65_HS1-834228961_62-HQ-83894_Section_4
Agency: FBI
Page 151
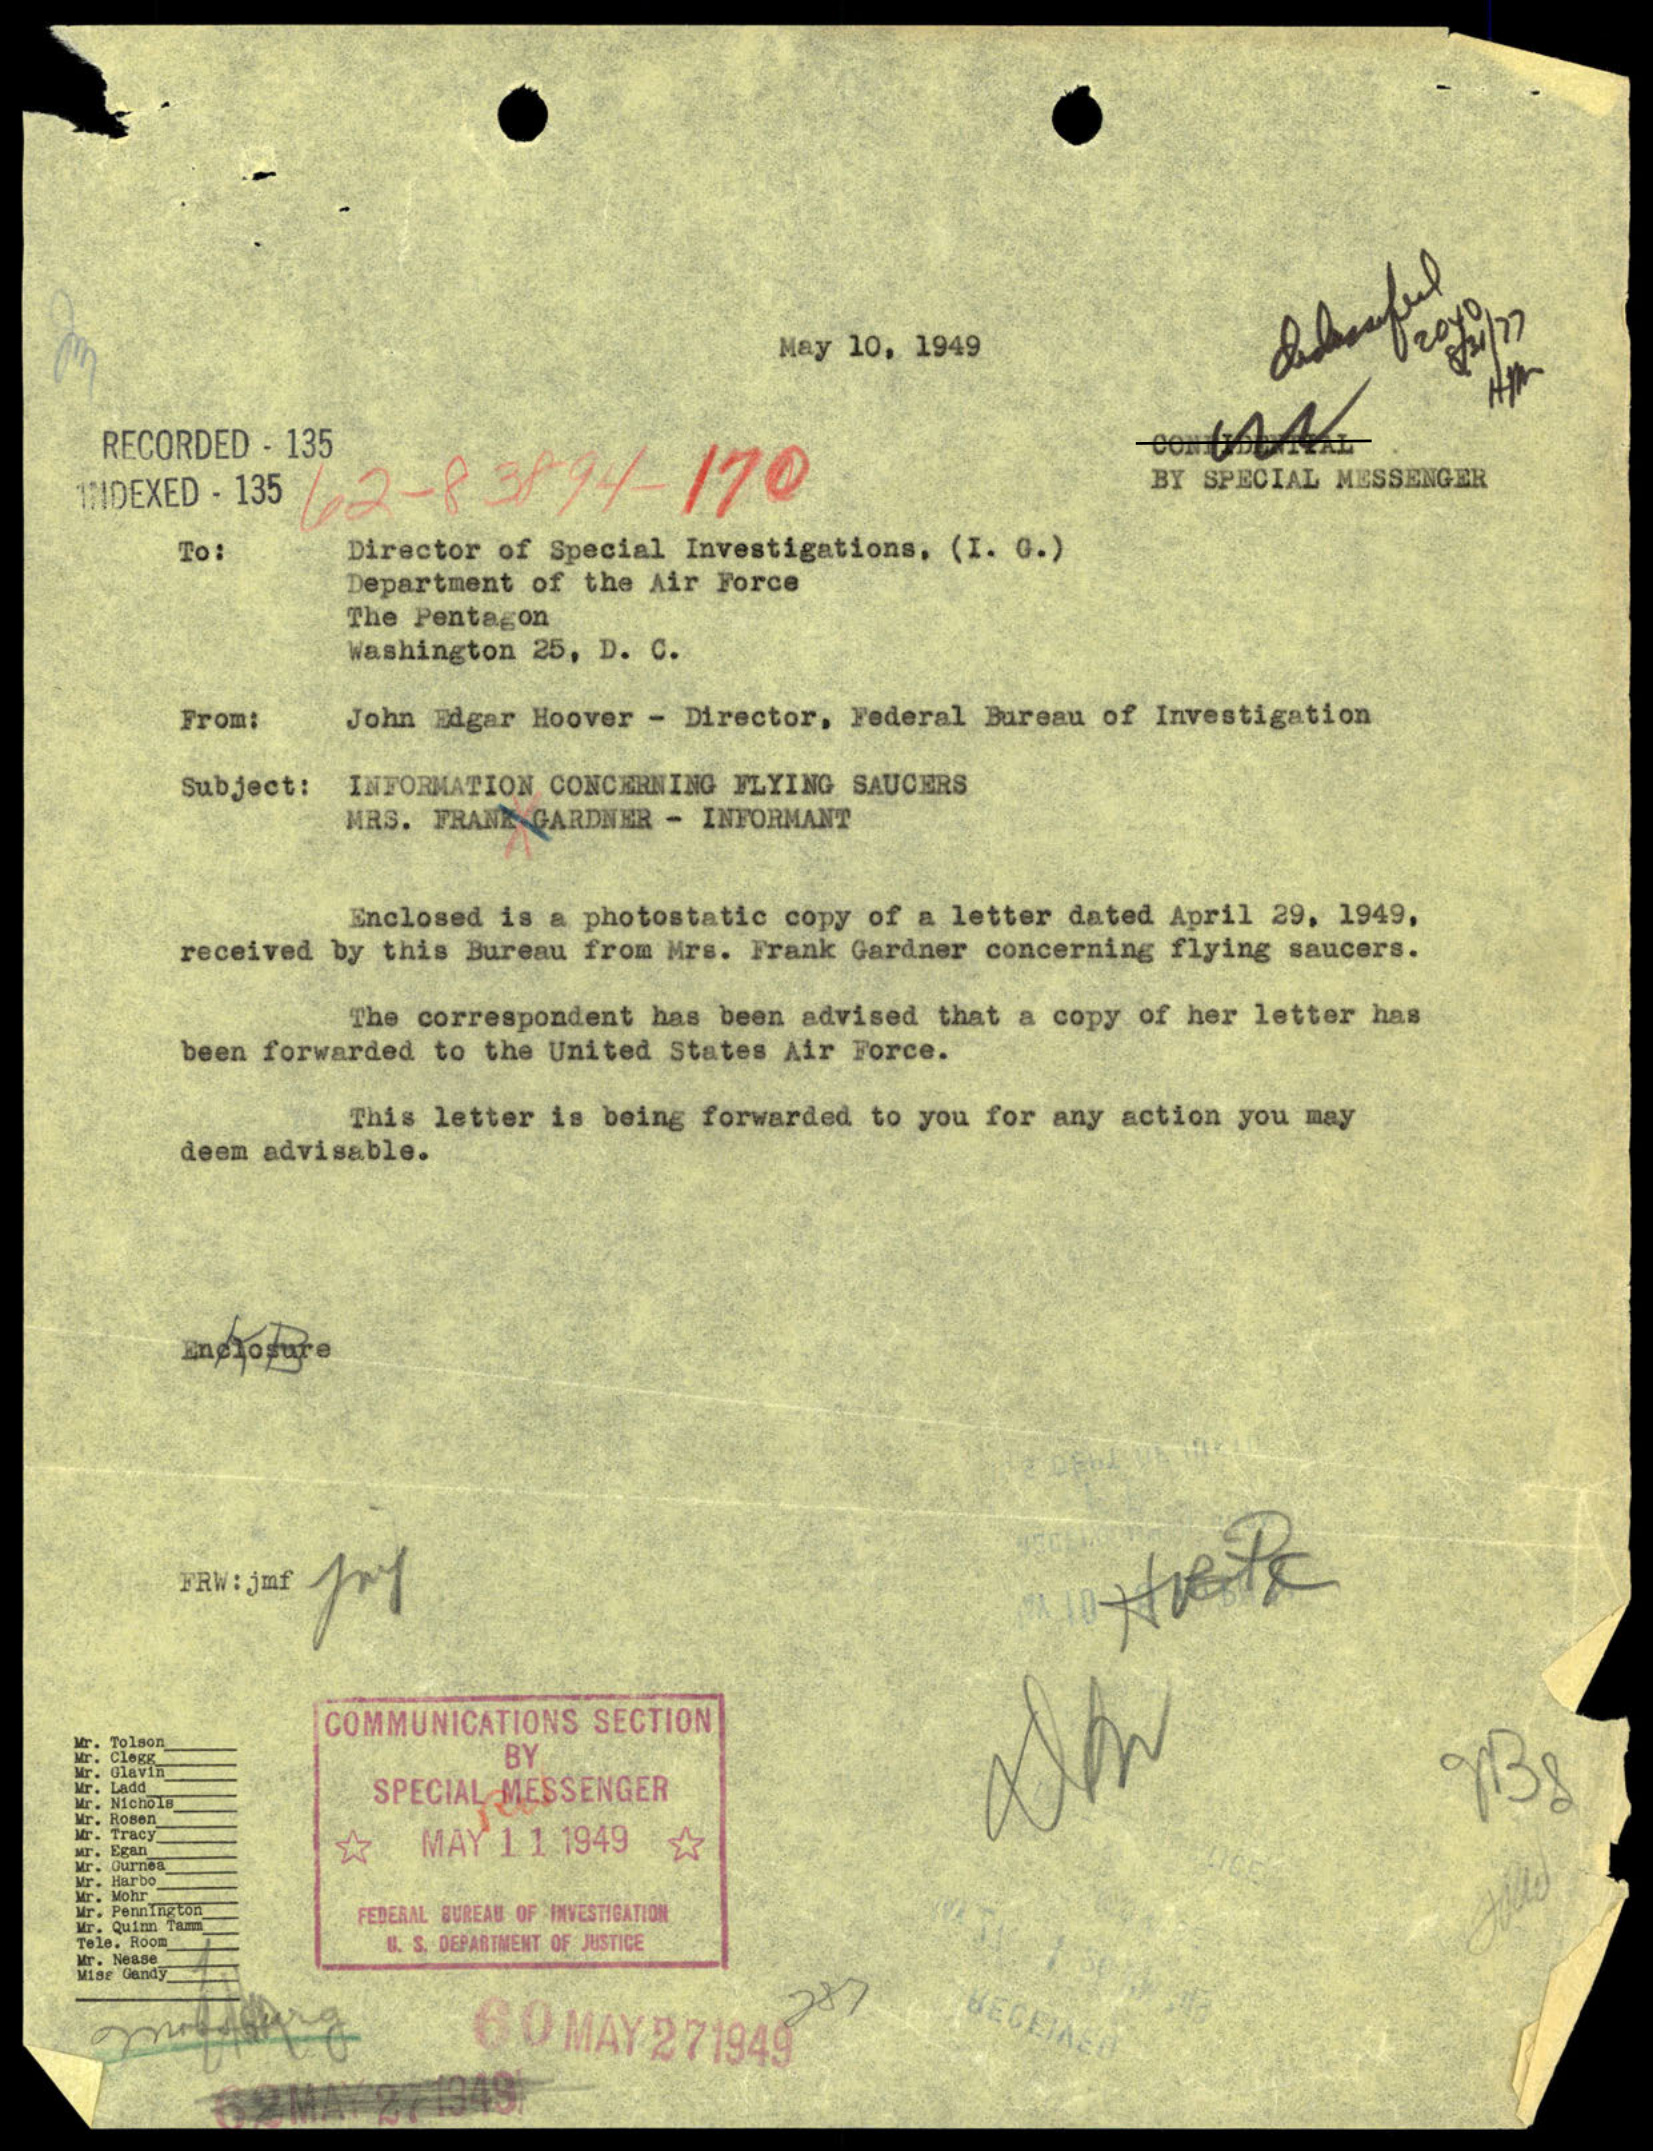